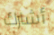
أشارك